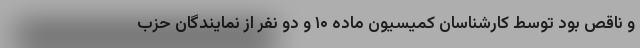
و ناقص بود توسط کارشناسان کمیسیون ماده ۱۰ و دو نفر از نمایندگان حزب